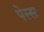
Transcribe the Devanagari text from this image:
पेस्स